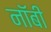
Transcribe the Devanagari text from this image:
नॉबी